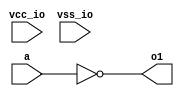
// This program was cloned from: https://github.com/chipsalliance/aib-phy-hardware
// License: Apache License 2.0

// SPDX-License-Identifier: Apache-2.0
// Copyright (C) 2019 Intel Corporation. 


module aibnd_fine_dly_inv ( a, o1, vcc_io, vss_io );

  input a;
  output o1;
  input vss_io;
  input vcc_io;


  assign o1 = ~a ;

endmodule